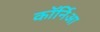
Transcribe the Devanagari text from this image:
कॉर्निआ